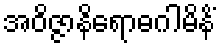
အဝိဇ္ဇာနိရောဓဂါမိနိံ